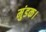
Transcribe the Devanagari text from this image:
मुंडक।